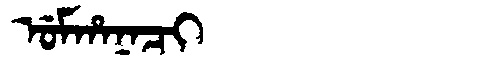
Manchu: ᡠᠮᡥᠠᠨᠠᠴᡳ
Romanization: UMHANACI